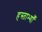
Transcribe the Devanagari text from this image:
हस्ताभ्याँ